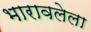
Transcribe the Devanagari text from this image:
भारावलेला